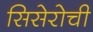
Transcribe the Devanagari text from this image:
सिसेरोची